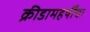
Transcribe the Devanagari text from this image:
क्रीडामहर्षींचा